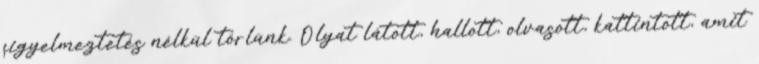
figyelmeztetés nélkül törlünk. Olyat látott, hallott, olvasott, kattintott, amit